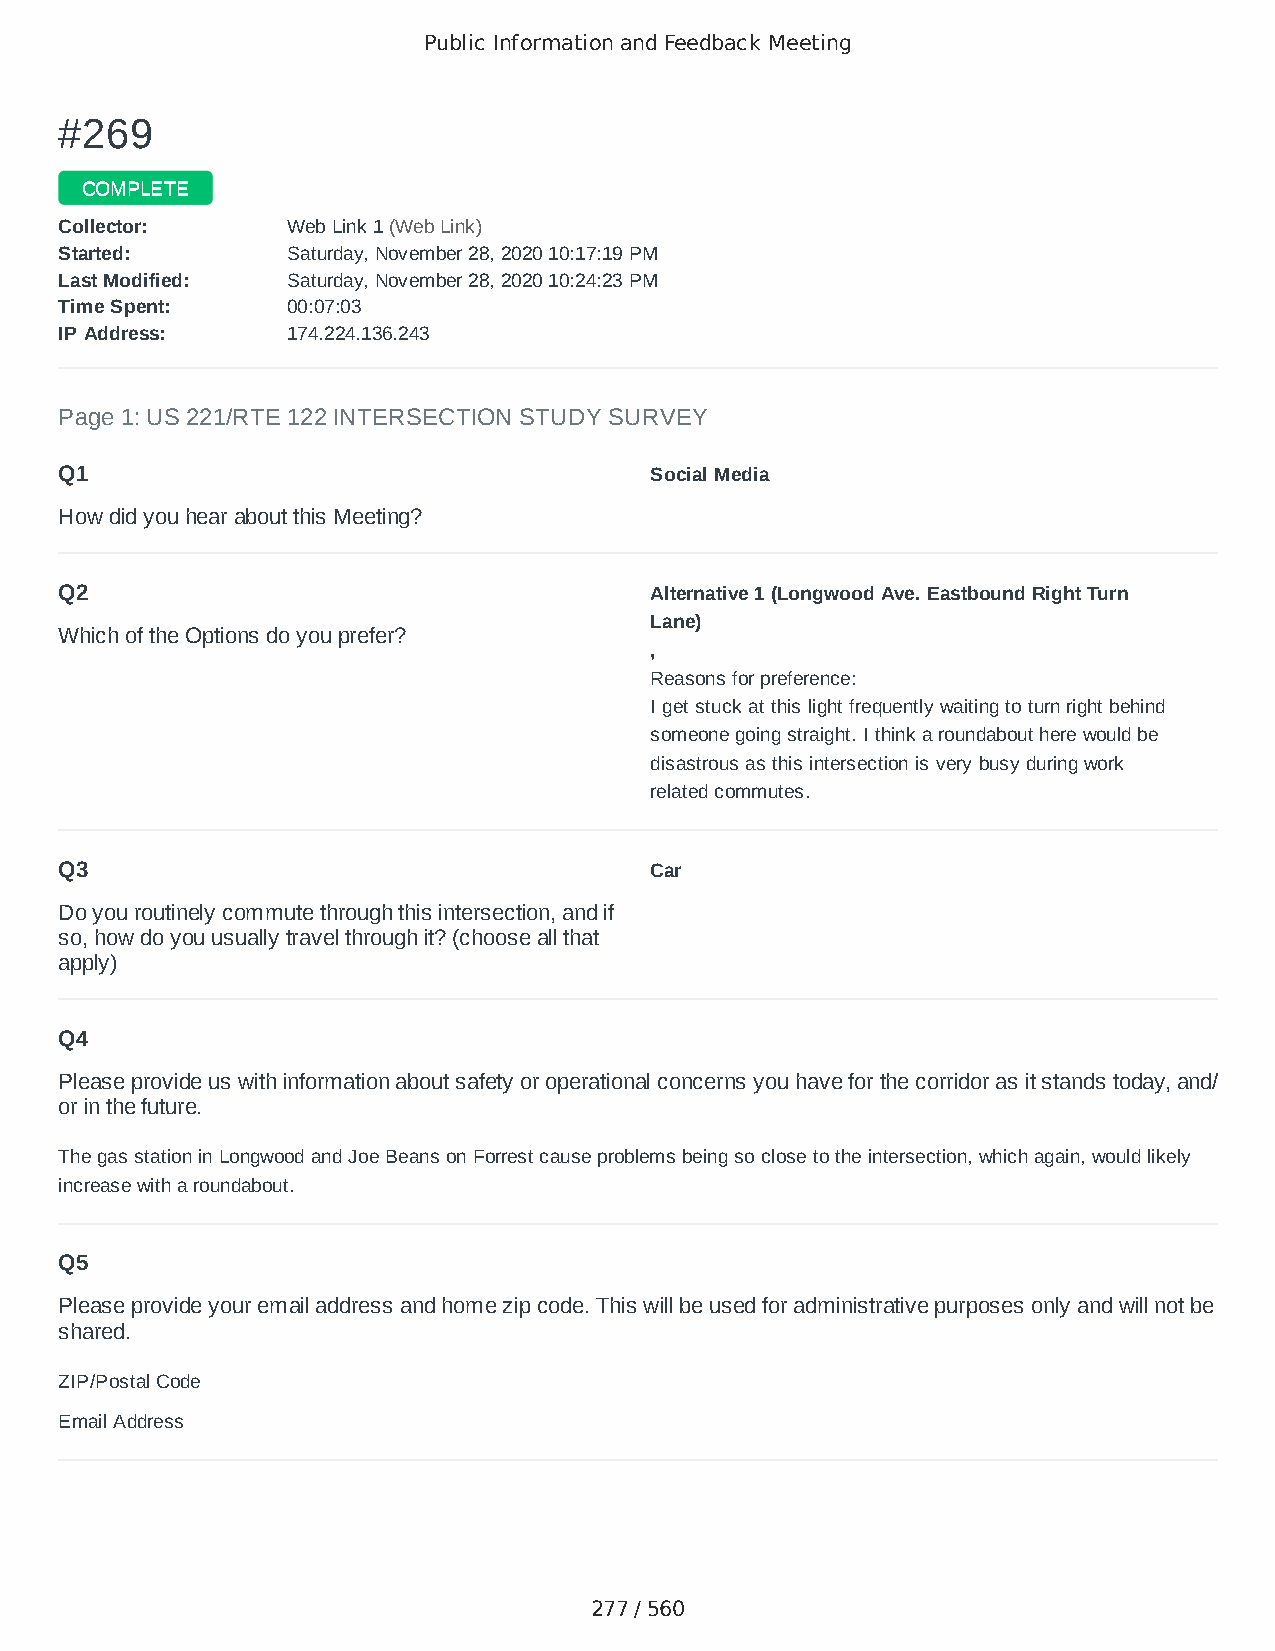
Public Information and Feedback Meeting
 ##226699
 CCOOMMPPLLEETTEE
 CCoolllleeccttoorr:: WWeebb LLiinnkk 11 ((WWeebb LLiinnkk))
 SSttaarrtteedd:: SSaattuurrddaayy,, NNoovveemmbbeerr 2288,, 22002200 1100::1177::1199 PPMM
 LLaasstt MMooddiiffiieedd:: SSaattuurrddaayy,, NNoovveemmbbeerr 2288,, 22002200 1100::2244::2233 PPMM
 TTiimmee SSppeenntt:: 0000::0077::0033
 IIPP AAddddrreessss:: 117744..222244..113366..224433
 Page 1: US 221/RTE 122 INTERSECTION STUDY SURVEY
 Q1                                     Social Media
 How did you hear about this Meeting?
 Q2                                     Alternative 1 (Longwood Ave. Eastbound Right Turn
 Lane)
 Which of the Options do you prefer?
 ,
 Reasons for preference:
 I get stuck at this light frequently waiting to turn right behind
 someone going straight. I think a roundabout here would be
 disastrous as this intersection is very busy during work
 related commutes.
 Q3                                     Car
 Do you routinely commute through this intersection, and if
 so, how do you usually travel through it? (choose all that
 apply)
 Q4
 Please provide us with information about safety or operational concerns you have for the corridor as it stands today, and/
 or in the future.
 The gas station in Longwood and Joe Beans on Forrest cause problems being so close to the intersection, which again, would likely
 increase with a roundabout.
 Q5
 Please provide your email address and home zip code. This will be used for administrative purposes only and will not be
 shared.
 ZIP/Postal Code                        24523
 Email Address                          Honeybeemaf@hotmail.com
 277 / 560